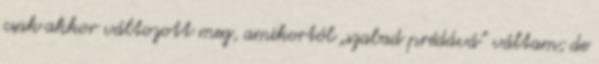
csak akkor változott meg, amikortól „szabad prédává” váltam; de